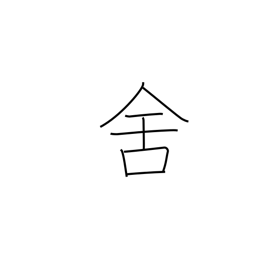
Meaning: inn